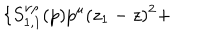
\{ S _ { 1 , 1 } ^ { \nu \rho } ( p ) p ^ { \mu } ( z _ { 1 } - z ) ^ { 2 } +